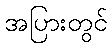
အပြားတွင်